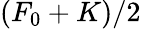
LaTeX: \left(F_{0}+K\right)/2